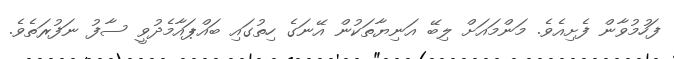
ފަހުމުވާން ފެށިއެވެ. މަންމައަށް ލިބޭ އަނިޔާތަކުން އޭނަގެ ހިތުގައި ބައްޕައާމެދުވީ ސާފު ނަފުރަތެވެ.